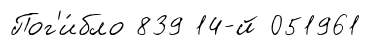
Пог'и́бло 839 14-й 051961